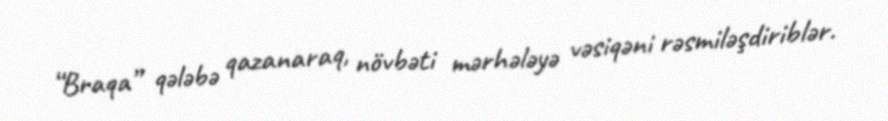
“Braqa” qələbə qazanaraq, növbəti mərhələyə vəsiqəni rəsmiləşdiriblər.